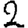
Digit: 2